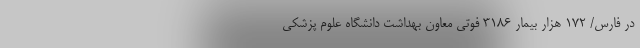
در فارس/ ۱۷۲ هزار بیمار ۳۱۸۶ فوتی معاون بهداشت دانشگاه علوم پزشکی